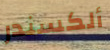
ألكسندر